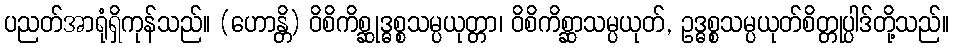
ပညတ်အာရုံရှိကုန်သည်။ (ဟောန္တိ) ဝိစိကိစ္ဆုဒ္ဓစ္စသမ္ပယုတ္တာ၊ ဝိစိကိစ္ဆာသမ္ပယုတ်, ဥဒ္ဓစ္စသမ္ပယုတ်စိတ္တုပ္ပါဒ်တို့သည်။